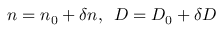
n = n _ { 0 } + \delta n , \, \, \, D = D _ { 0 } + \delta D